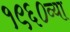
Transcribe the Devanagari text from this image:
१९६०व्या